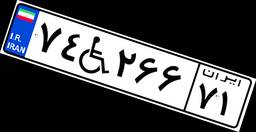
۱۱W۵۶۵۷۰